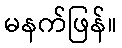
မနက်ဖြန်။